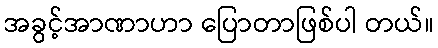
အခွင့်အာဏာဟာ ပြောတာဖြစ်ပါ တယ်။